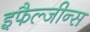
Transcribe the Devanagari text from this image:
इफैल्जीन्स